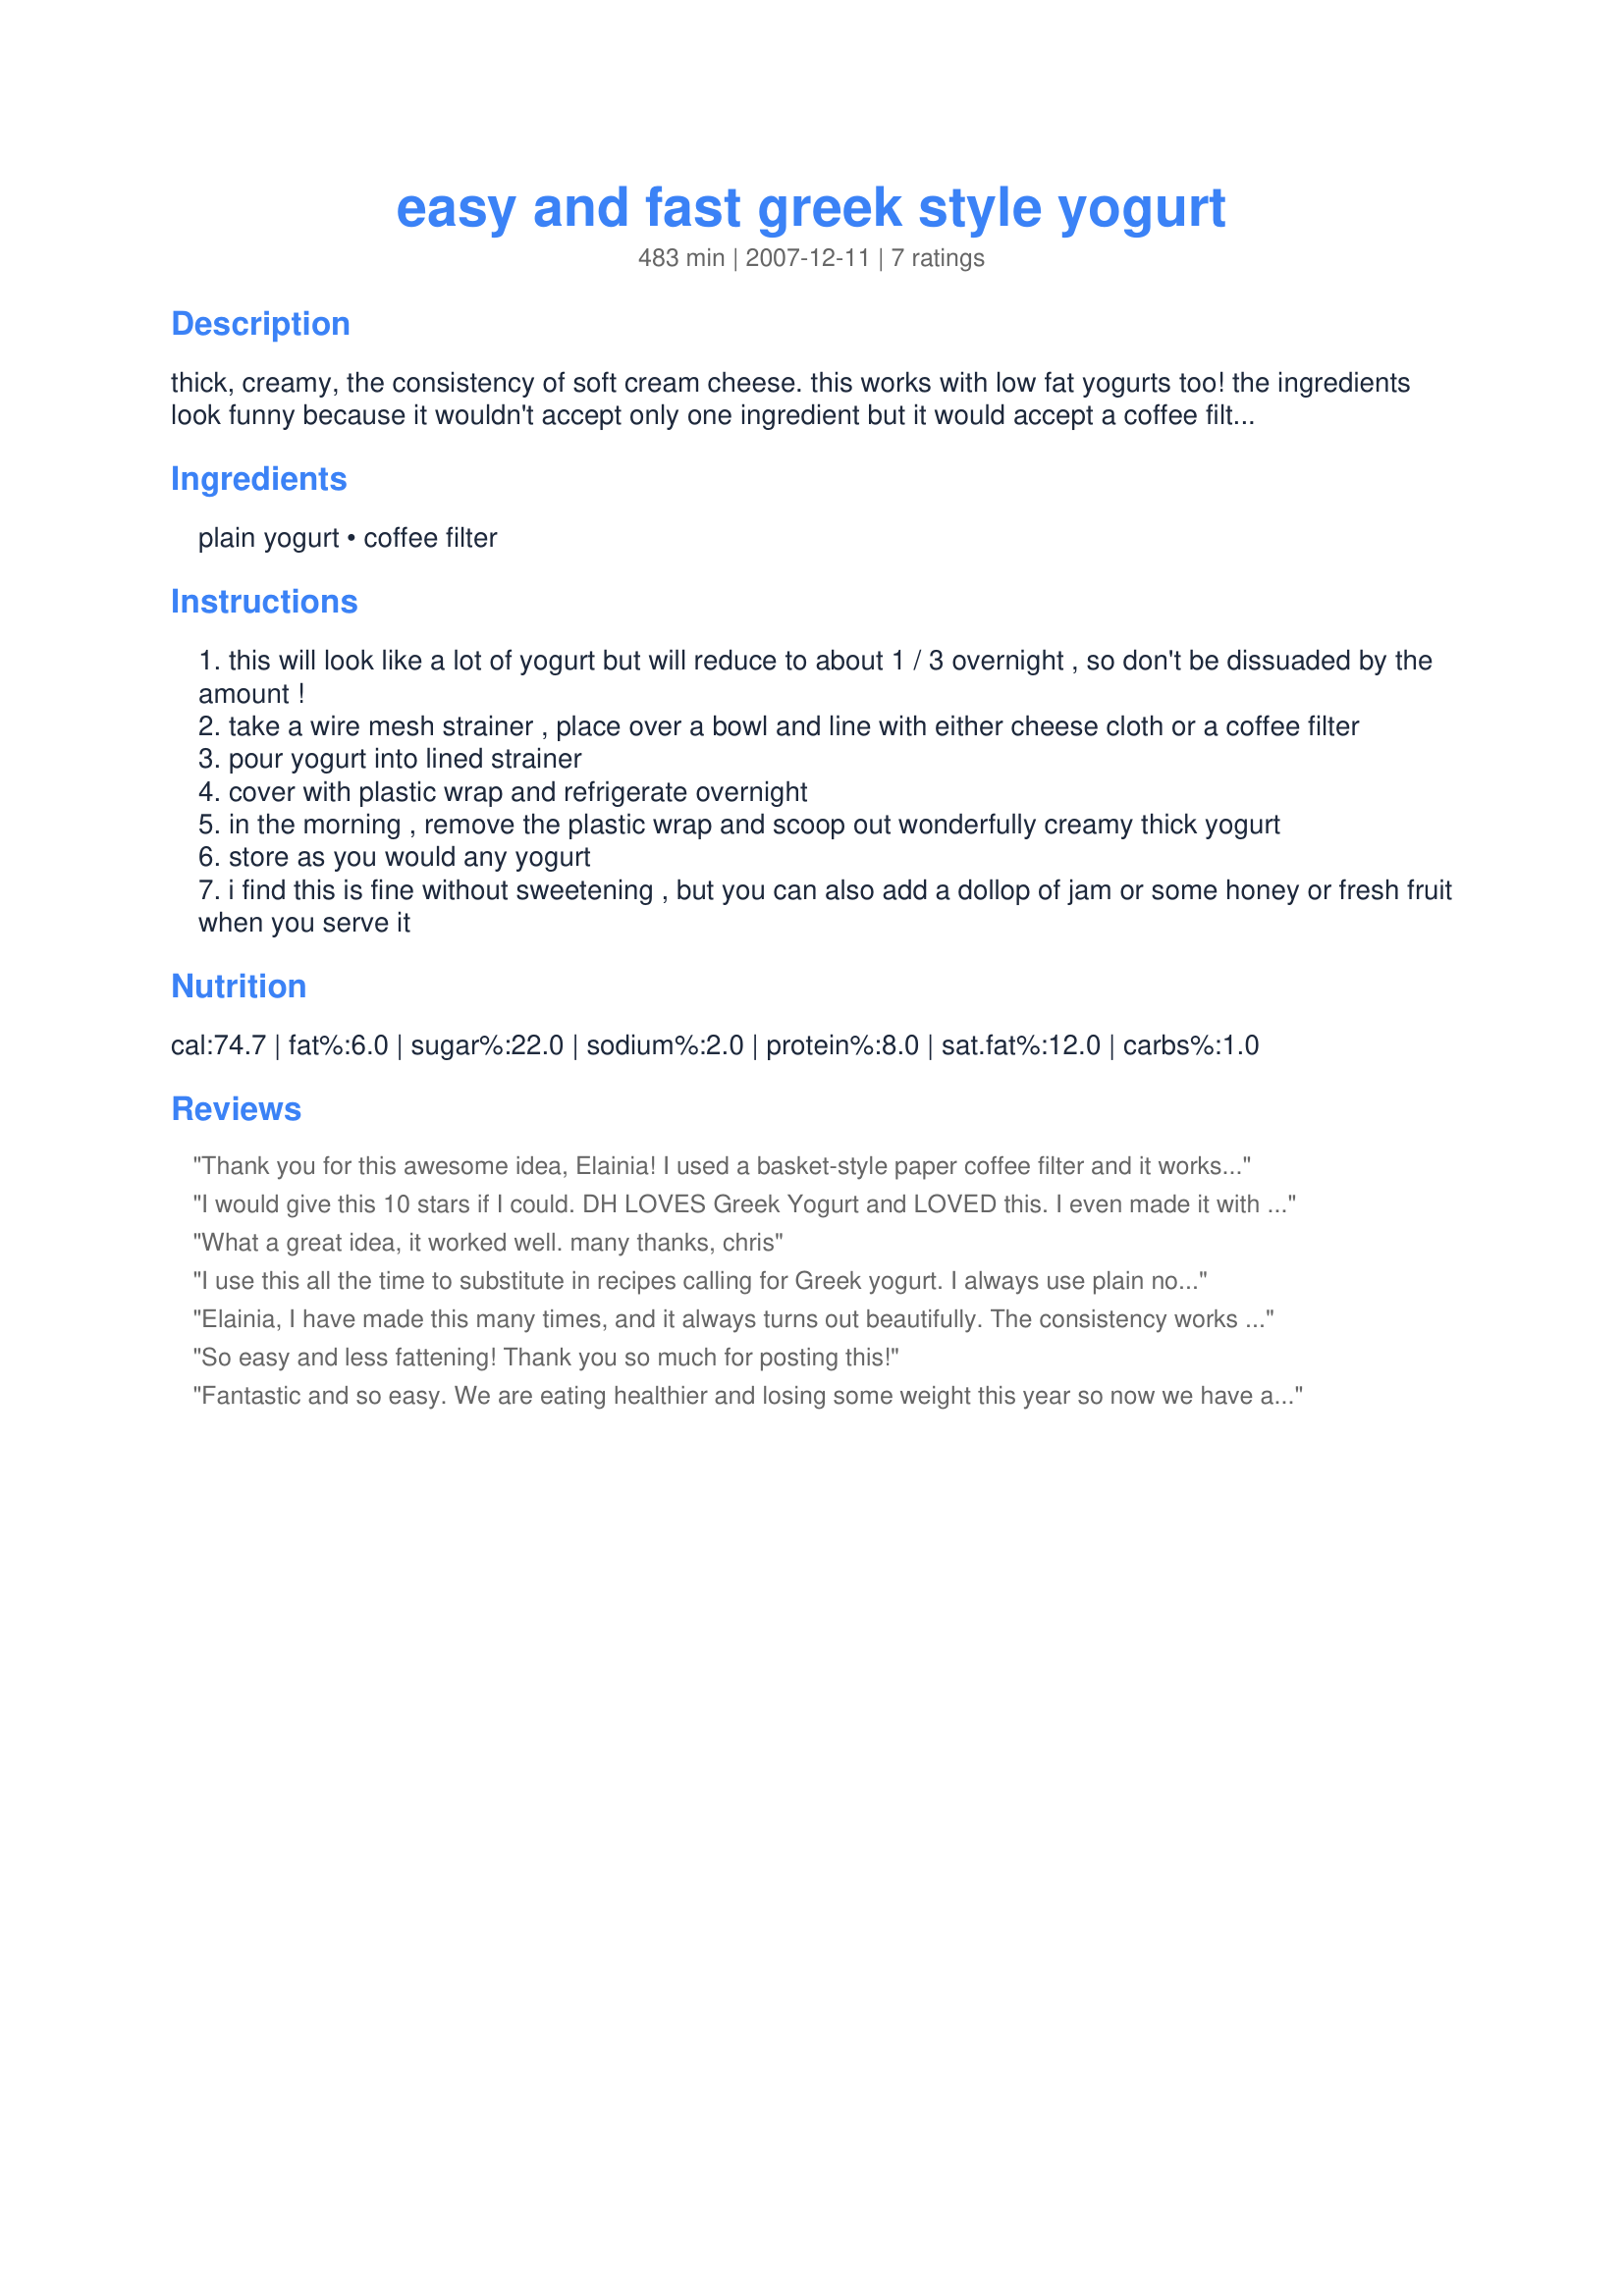
easy and fast greek style yogurt
Preparation time: 483 minutes

thick, creamy, the consistency of soft cream cheese. this works with low fat yogurts too! the ingredients look funny because it wouldn't accept only one ingredient but it would accept a coffee filter as an ingredient, lol.

Ingredients:
plain yogurt, coffee filter

Steps:
this will look like a lot of yogurt but will reduce to about 1 / 3 overnight , so don't be dissuaded by the amount !
take a wire mesh strainer , place over a bowl and line with either cheese cloth or a coffee filter
pour yogurt into lined strainer
cover with plastic wrap and refrigerate overnight
in the morning , remove the plastic wrap and scoop out wonderfully creamy thick yogurt
store as you would any yogurt
i find this is fine without sweetening , but you can also add a dollop of jam or some honey or fresh fruit when you serve it

Reviews:
Thank you for this awesome idea, Elainia! I used a basket-style paper coffee filter and it works like a charm with my little strainer. For the best flavor and texture, I'll use either Brown Cow Cream Top Plain Yogurt or Stonyfield Plain Cream Top Yogurt. I let mine strain for about 3 hours in the fridge. I also drink the whey (the liquid left in the bottom of the bowl) mixed in a smoothie, juice or a little honey. It's super-high in protein and good probiotics.
I would give this 10 stars if I could. DH LOVES Greek Yogurt and LOVED this. I even made it with fat free yogurt and it turned out great. Thanks for this healthy, easy and dee-lish money saver.
What a great idea, it worked well. many thanks, chris
I use this all the time to substitute in recipes calling for Greek yogurt. I always use plain nonfat yogurt. If you don't have cheese cloth or a coffee filter, you can also line the sieve with 2 paper towels. You can turn this into a nice fruit yogurt by replacing the liquid that drained off overnight with fruit nectar (just stir the nectar into the thickened yogurt and add some chopped fresh fruit.)
Elainia, I have made this many times, and it always turns out beautifully. The consistency works well for sweet or savory dishes. Thank you for sharing.
So easy and less fattening! Thank you so much for posting this!
Fantastic and so easy. We are eating healthier and losing some weight this year so now we have a perfect alternative to sour cream! Thank you, Elainia!
